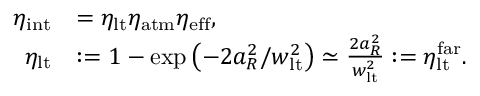
\begin{array} { r l } { \eta _ { \mathrm { i n t } } } & { = \eta _ { \mathrm { l t } } \eta _ { \mathrm { a t m } } \eta _ { \mathrm { e f f } } , } \\ { \eta _ { \mathrm { l t } } } & { : = 1 - \exp \left( - 2 a _ { R } ^ { 2 } / w _ { \mathrm { l t } } ^ { 2 } \right) \simeq \frac { 2 a _ { R } ^ { 2 } } { w _ { \mathrm { l t } } ^ { 2 } } : = \eta _ { \mathrm { l t } } ^ { \mathrm { f a r } } . } \end{array}